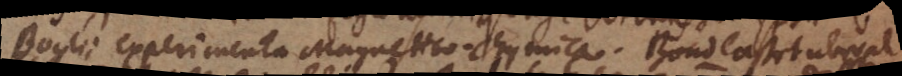
Boylii experimenta Magnetico-chymica. Bond laßet uberal